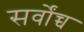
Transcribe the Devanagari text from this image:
सर्वोंच्च